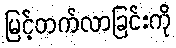
မြင့်တက်လာခြင်းကို